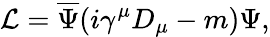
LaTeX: \mathcal{L}=\overline{{{{\Psi}}}}(i\gamma^{\mu}D_{\mu}-m)\Psi,